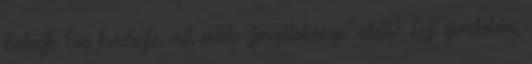
Balogh Eva kerdezte, mit ertek "forgatokonyv" alatt? Azt gondolom,